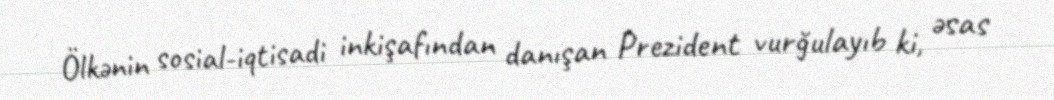
Ölkənin sosial-iqtisadi inkişafından danışan Prezident vurğulayıb ki, əsas